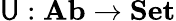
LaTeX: \mathsf{U}:{\textbf{{Ab}}}\to{\textbf{{Set}}}